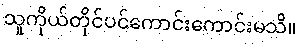
သူကိုယ်တိုင်ပင်ကောင်းကောင်းမသိ။